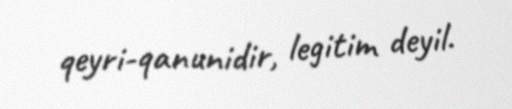
qeyri-qanunidir, legitim deyil.